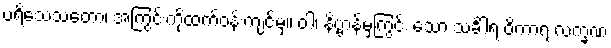
ပရိသေသတော၊ အကြွင်းကိုထက်ဝန်းကျင်မှ။ ဝါ၊ နိဗ္ဗာန်မှကြွင်း သော သင်္ခါရ ဝိကာရ လက္ခဏ